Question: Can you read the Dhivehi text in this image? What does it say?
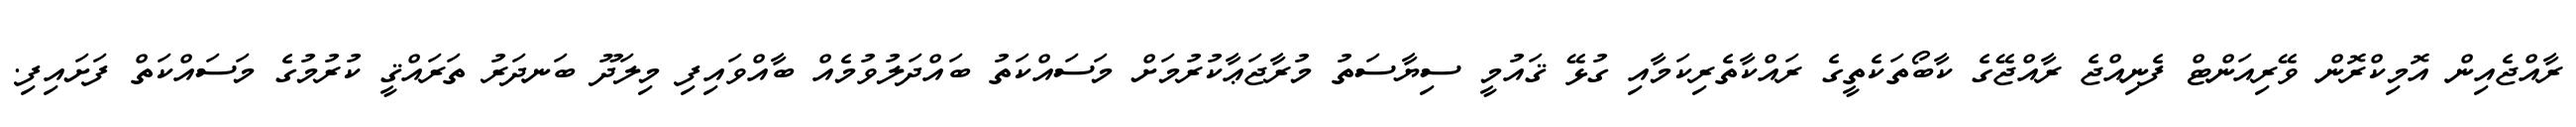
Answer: ރާއްޖެއިން އޮމިކްރޮން ވޭރިއަންޓް ފެނިއްޖެ ރާއްޖޭގެ ކާބޯތަކެތީގެ ރައްކާތެރިކަމާއި ގުޅޭ ޤައުމީ ސިޔާސަތު މުރާޖަޢާކުރުމަށް މަސައްކަތު ބައްދަލުވުމެއް ބާއްވައިފި މިލަދޫ ބަނދަރު ތަރައްޤީ ކުރުމުގެ މަސައްކަތް ފަށައިފި.